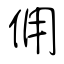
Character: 佣